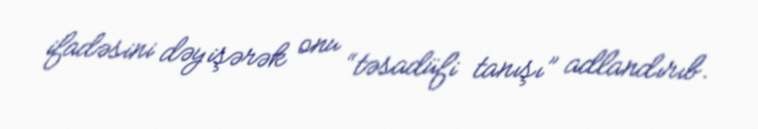
ifadəsini dəyişərək onu “təsadüfi tanışı” adlandırıb.